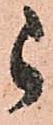
被